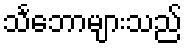
သင်္ဘောများသည်